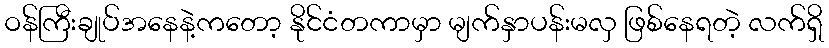
ဝန်ကြီးချုပ်အနေနဲ့ကတော့ နိုင်ငံတကာမှာ မျက်နှာပန်းမလှ ဖြစ်နေရတဲ့ လက်ရှိ